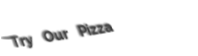
Try Our Pizza